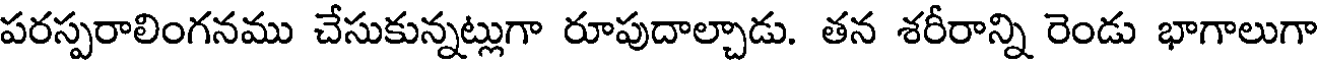
పరస్పరాలింగనము చేసుకున్నట్లుగా రూపుదాల్చాడు. తన శరీరాన్ని రెండు భాగాలుగా